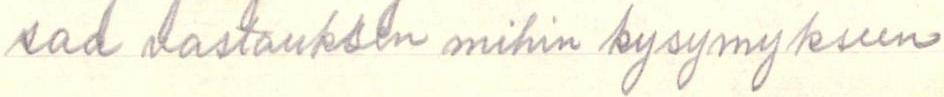
saa vastauksen mihin kysymykseen